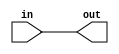
module non_inverting_buffer (
    input in,
    output out
);

assign out = in;

endmodule